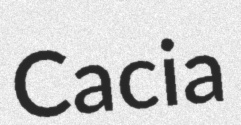
Cacia